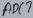
Text: ADC7